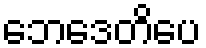
ဘေဒေတိပေ